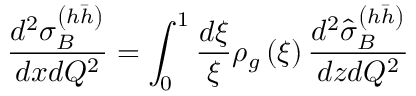
\frac { d ^ { 2 } \sigma _ { B } ^ { \left( h \bar { h } \right) } } { d x d Q ^ { 2 } } = \int _ { 0 } ^ { 1 } \frac { d \xi } { \xi } \rho _ { g } \left( \xi \right) \frac { d ^ { 2 } \hat { \sigma } _ { B } ^ { \left( h \bar { h } \right) } } { d z d Q ^ { 2 } }